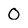
Character: o